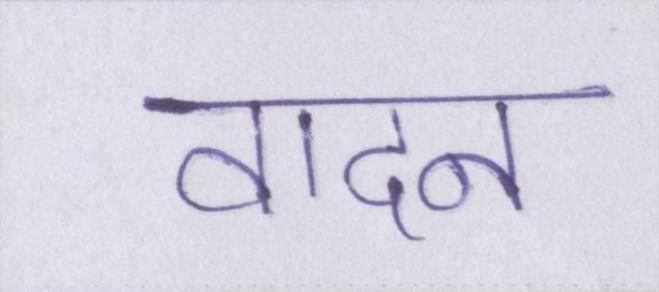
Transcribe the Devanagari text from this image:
वादन